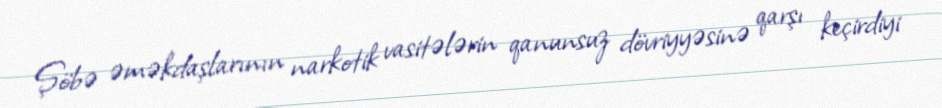
Şöbə əməkdaşlarının narkotik vasitələrin qanunsuz dövriyyəsinə qarşı keçirdiyi